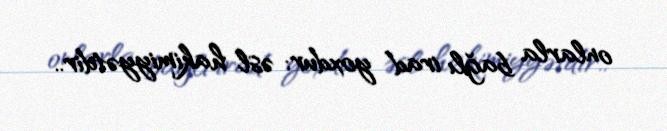
onlarla bağlı irad yoxdur: əsl hakimiyyətdir..